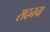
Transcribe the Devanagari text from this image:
सदनचा